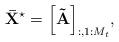
LaTeX: \begin{align*} {{\bf{\bar X}}^{\star}} = {\left[ {{\bf{\tilde A}}} \right]_{:,1:{M_t}}}, \end{align*}